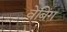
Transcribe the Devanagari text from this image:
वेबिंग